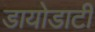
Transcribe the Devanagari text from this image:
डायोडाटी